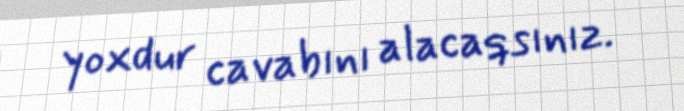
yoxdur cavabını alacaqsınız.